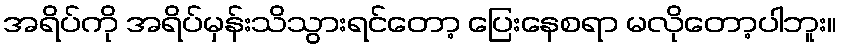
အရိပ်ကို အရိပ်မှန်းသိသွားရင်တော့ ပြေးနေစရာ မလိုတော့ပါဘူး။